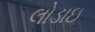
લોડાઇ